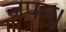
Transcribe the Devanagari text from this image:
जपम्‌।